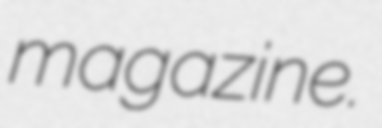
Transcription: magazine.